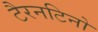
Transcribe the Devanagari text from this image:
टैरनटिनो